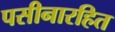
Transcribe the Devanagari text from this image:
पसीनारहित